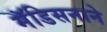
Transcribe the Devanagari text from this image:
मॅडिसनाने